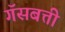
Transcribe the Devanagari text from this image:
गॅसबत्ती